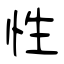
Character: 性